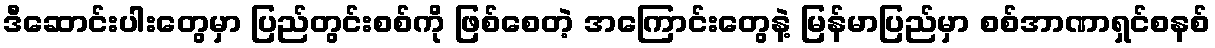
ဒီဆောင်းပါးတွေမှာ ပြည်တွင်းစစ်ကို ဖြစ်စေတဲ့ အကြောင်းတွေနဲ့ မြန်မာပြည်မှာ စစ်အာဏာရှင်စနစ်